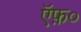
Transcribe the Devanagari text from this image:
ऍफ़०